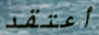
أعتقد